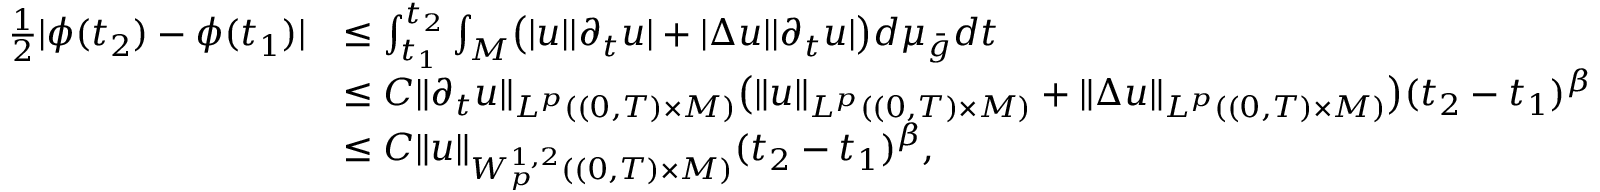
\begin{array} { r l } { \frac { 1 } { 2 } | \phi ( t _ { 2 } ) - \phi ( t _ { 1 } ) | } & { \le \int _ { t _ { 1 } } ^ { t _ { 2 } } \int _ { M } \bigl ( | u | | \partial _ { t } u | + | \Delta u | | \partial _ { t } u | \bigr ) d \mu _ { \bar { g } } d t } \\ & { \le C \| \partial _ { t } u \| _ { L ^ { p } ( ( 0 , T ) \times M ) } \bigl ( \| u \| _ { L ^ { p } ( ( 0 , T ) \times M ) } + \| \Delta u \| _ { L ^ { p } ( ( 0 , T ) \times M ) } \bigr ) ( t _ { 2 } - t _ { 1 } ) ^ { \beta } } \\ & { \le C \| u \| _ { W _ { p } ^ { 1 , 2 } ( ( 0 , T ) \times M ) } ( t _ { 2 } - t _ { 1 } ) ^ { \beta } , } \end{array}